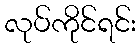
လုပ်ကိုင်ရင်း